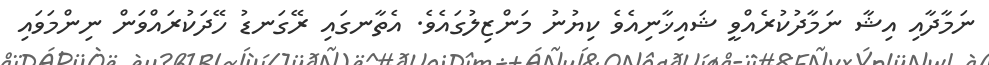
ނަމާދާއި އިޝާ ނަމާދުކުރެއްވީ ޝައިޚާނިއެވެ ކިޔުނު މަންޒިލުގައެވެ. އެތާނގައި ރޭގަނޑު ހޭދަކުރައްވަން ނިންމަވައި